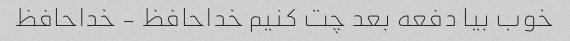
خوب بیا دفعه بعد چت کنیم خداحافظ - خداحافظ